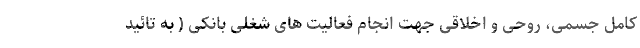
کامل جسمی، روحی و اخلاقی جهت انجام فعالیت های شغلی بانکی ( به تائید